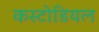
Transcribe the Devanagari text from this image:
कस्टोडियल